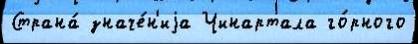
Страна́ значе́н'иjа Чинартала го́рного